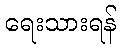
ရေးသားရန်